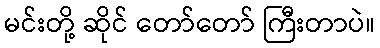
မင်းတို့ ဆိုင် တော်တော် ကြီးတာပဲ။